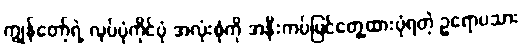
ကျွန်တော့်ရဲ့ လုပ်ပုံကိုင်ပုံ အလုံးစုံကို အနီးကပ်မြင်တွေ့ထားပုံရတဲ့ ဥရောပသား